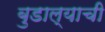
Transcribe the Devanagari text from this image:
बुडाल्याची